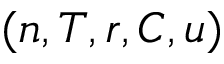
( n , T , r , C , u )